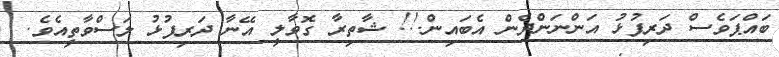
ބައްޕަވެސް ދަރިފުޅު އަންނަންދެން އެބައިން.!! ޝާތިރާ ގޮވާލީ އޭނާ ދަރިފުޅު ލަސްވާތީއެވެ.